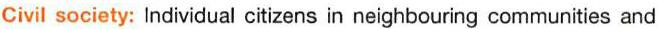
Civil society: Individual citizens in neighbouring communities and